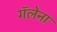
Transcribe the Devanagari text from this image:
गॅलेना